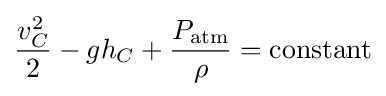
{v_{C}^{2} \over 2}-gh_{C}+{P_{\mathrm {atm} } \over \rho }=\mathrm {constant}